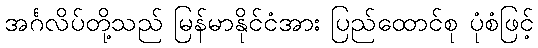
အင်္ဂလိပ်တို့သည် မြန်မာနိုင်ငံအား ပြည်ထောင်စု ပုံစံဖြင့်